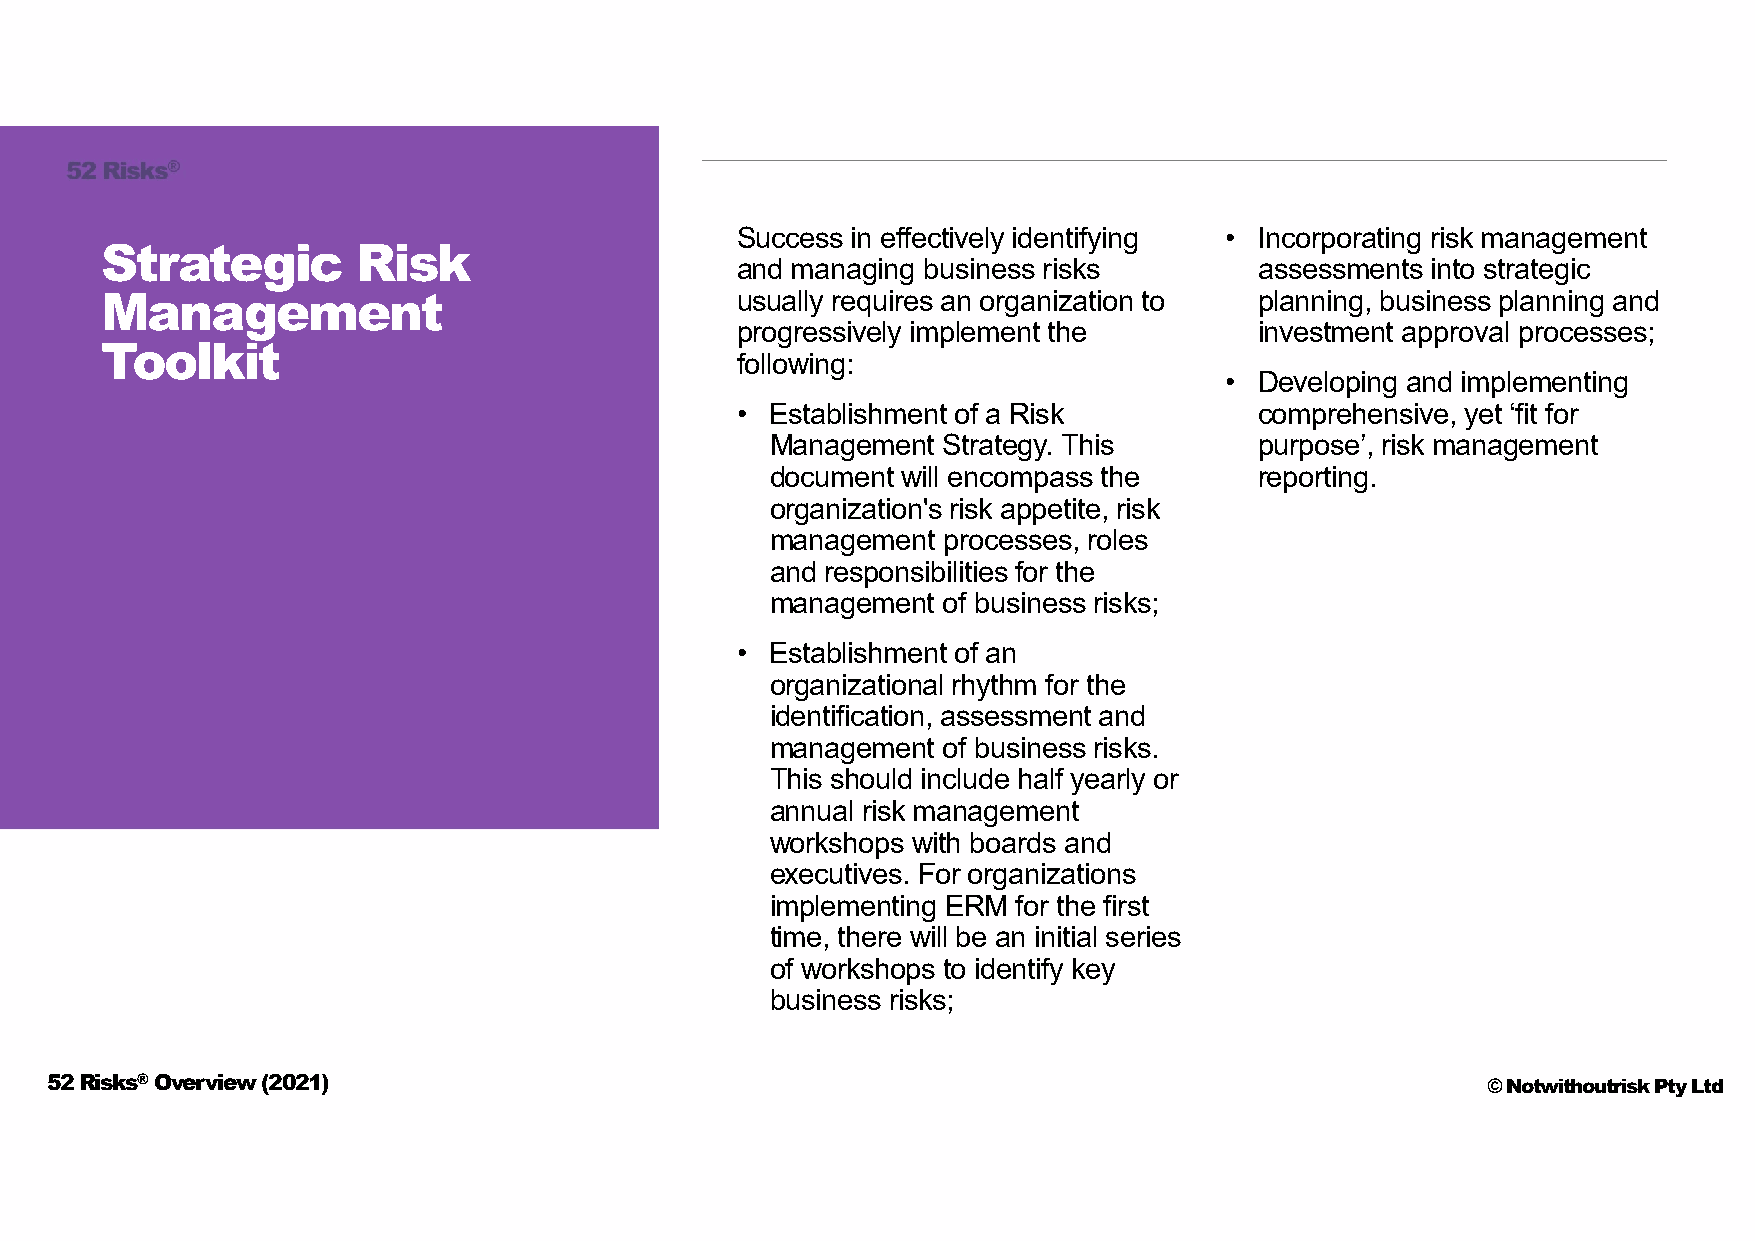
Success in effectively identifying • Incorporating risk management
 Strategic        Risk
 and managing business risks       assessments into strategic
 usually requires an organization to planning, business planning and
 Management
 progressively implement the       investment approval processes;
 Toolkit
 following:
 • Developing and implementing
 • Establishment of a Risk         comprehensive, yet ‘fit for
 Management Strategy. This       purpose’, risk management
 document will encompass the     reporting.
 organization's risk appetite, risk
 management processes, roles
 and responsibilities for the
 management of business risks;
 • Establishment of an
 organizational rhythm for the
 identification, assessment and
 management of business risks.
 This should include half yearly or
 annual risk management
 workshops with boards and
 executives. For organizations
 implementing ERM for the first
 time, there will be an initial series
 of workshops to identify key
 business risks;
 52 Risks®Overview (2021)                                                                       © Notwithoutrisk Pty Ltd